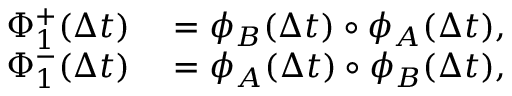
\begin{array} { r l } { \Phi _ { 1 } ^ { + } ( \Delta t ) } & { { } = \phi _ { B } ( \Delta t ) \circ \phi _ { A } ( \Delta t ) , } \\ { \Phi _ { 1 } ^ { - } ( \Delta t ) } & { { } = \phi _ { A } ( \Delta t ) \circ \phi _ { B } ( \Delta t ) , } \end{array}